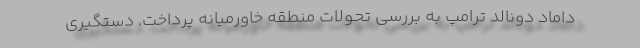
داماد دونالد ترامپ به بررسی تحولات منطقه خاورمیانه پرداخت. دستگیری